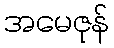
အမေဇုန်